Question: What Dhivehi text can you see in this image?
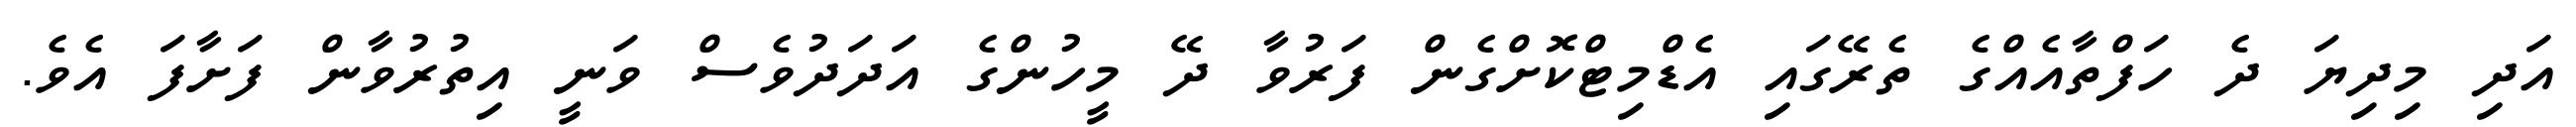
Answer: އަދި މިދިޔަ ދެ ހަފްތާއެއްގެ ތެރޭގައި އެޑްމިޓްކޮށްގެން ފަރުވާ ދޭ މީހުންގެ އަދަދުވެސް ވަނީ އިތުރުވާން ފަށާފަ އެވެ.